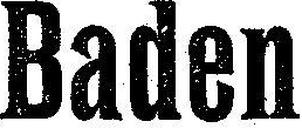
Baden